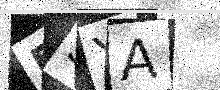
Text: BSYA